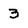
Character: 3